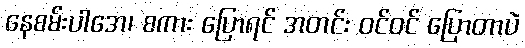
နေစမ်းပါအေ၊ စကား ပြောရင် အတင်း ဝင်ဝင် ပြောတာပဲ